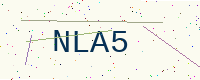
Text: NLA5